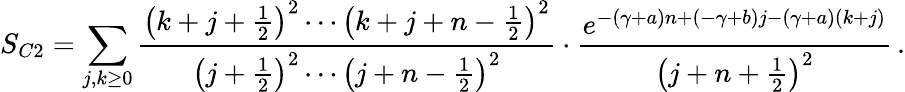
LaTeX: S_{C2}=\sum_{j,k\ge 0}\frac{\left(k+j+\frac{1}{2}\right)^{2}\cdots\left(k+j+n-\frac{1}{2}\right)^{2}}{\left(j+\frac{1}{2}\right)^{2}\cdots\left(j+n-\frac{1}{2}\right)^{2}}\cdot\frac{e^{-(\gamma+a)n+(-\gamma+b)j-(\gamma+a)(k+j)}}{\left(j+n+\frac{1}{2}\right)^{2}}\, .